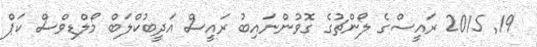
19